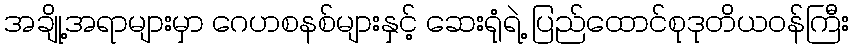
အချို့အရာများမှာ ဂေဟစနစ်များနှင့် ဆေးရုံရဲ့ ပြည်ထောင်စုဒုတိယဝန်ကြီး